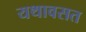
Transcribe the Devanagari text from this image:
यथावसत